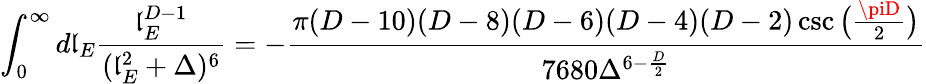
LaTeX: \int_{0}^{\infty}d\mathfrak{l}_{E}\frac{{\mathfrak{l}_{E}^{D-1}}}{{(\mathfrak{l}_{E}^{2}+\Delta)^{6}}}=-\frac{{\pi(D-10)(D-8)(D-6)(D-4)(D-2)\csc\big(\frac{{\piD}}{{2}}\big)}}{{7680\Delta^{6-\frac{{D}}{{2}}}}}